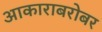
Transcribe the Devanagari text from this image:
आकाराबरोबर